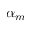
\alpha _ { m }